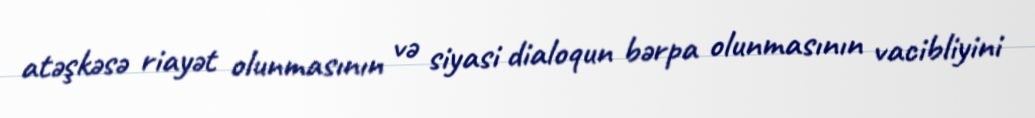
atəşkəsə riayət olunmasının və siyasi dialoqun bərpa olunmasının vacibliyini